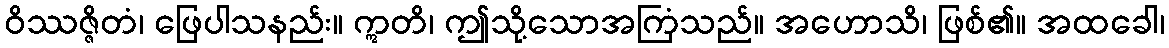
ဝိဿဇ္ဇိတံ၊ ဖြေပါသနည်း။ ဣတိ၊ ဤသို့သောအကြံသည်။ အဟောသိ၊ ဖြစ်၏။ အထခေါ၊